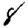
Digit: 8